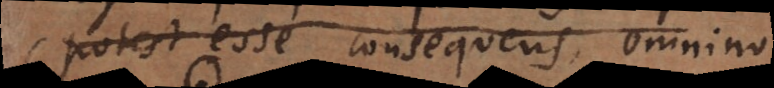
otest esse consequens quatenus